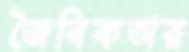
জৈবিকতার